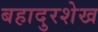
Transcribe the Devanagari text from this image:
बहादुरशेख